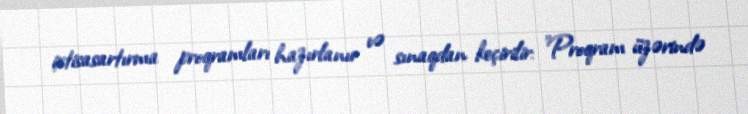
ixtisasartırma proqramları hazırlanır və sınaqdan keçirilir: "Proqram üzərində